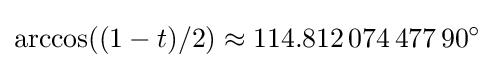
\arccos((1-t)/2)\approx 114.812\,074\,477\,90^{\circ }